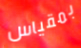
بمقياس